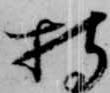
持